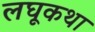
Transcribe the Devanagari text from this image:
लघूकथा